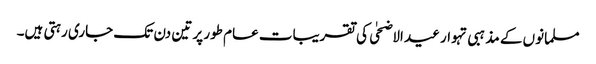
مسلمانوں کے مذہبی تہوار عید الاضحٰی کی تقریبات عام طور پر تین دن تک جاری رہتی ہیں۔